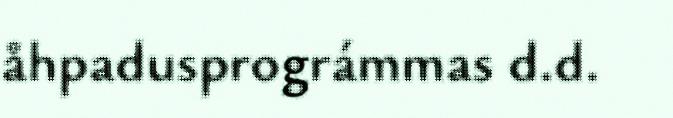
åhpadusprográmmas d.d.